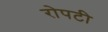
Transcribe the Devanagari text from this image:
रोपटी